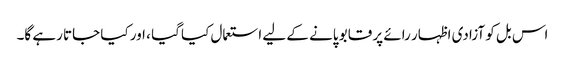
اس بل کو آزادی اظہار رائے پر قابو پانے کے لیے استعمال کیا گیا ، اور کیا جاتا رہے گا۔